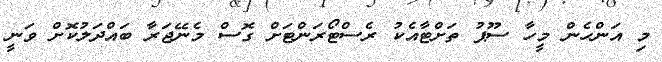
މި އަންހެން މީހާ ސޫޕު ތަށްޓާއެކު ރެސްޓޯރަންޓަށް ގޮސް މެނޭޖަރާ ބައްދަލުކޮށް ވަނީ